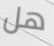
هل